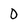
Character: 0